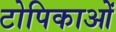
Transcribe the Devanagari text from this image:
टोपिकाओं